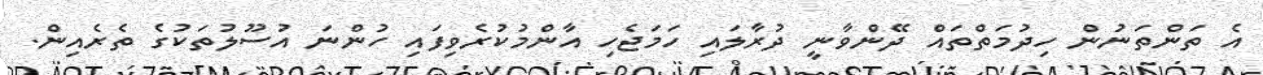
އެ ތަންތަނުން ހިދުމަތްތައް ދޭންވާނީ ދުރާލައި ހަމަޖެހި އާންމުކުރެވިފައި ހުންނަ އުސޫލުތަކުގެ ތެރެއިން.